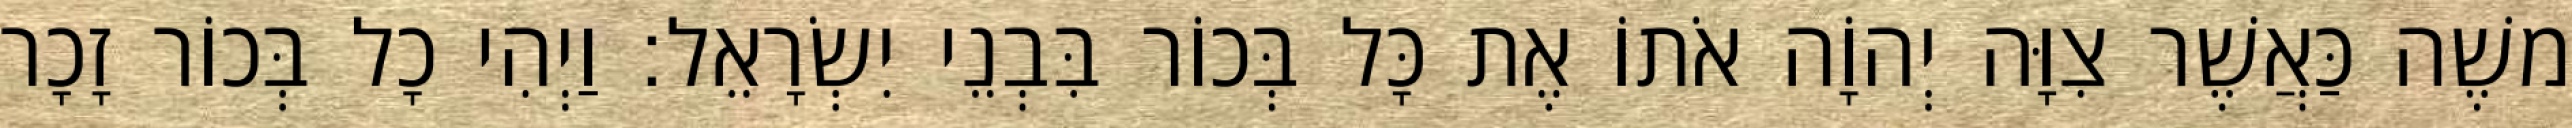
משֶׁה כַּאֲשֶׁר צִוָּה יְהוָֹה אֹתוֹ אֶת כָּל בְּכוֹר בִּבְנֵי יִשְׂרָאֵל׃ וַיְהִי כָל בְּכוֹר זָכָר